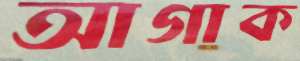
আগাক